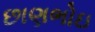
છાણભોઇ